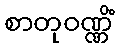
စာတုဝဏ္ဏိံ